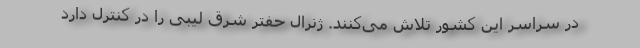
در سراسر این کشور تلاش می‌کنند. ژنرال حفتر شرق لیبی را در کنترل دارد